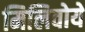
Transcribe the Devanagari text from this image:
मिलिवोये